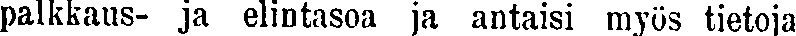
palkkaus- ja elintasoa ja antaisi myös tietoja